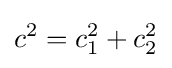
c^{2}=c_{1}^{2}+c_{2}^{2}